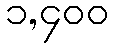
၁,၄၀၀